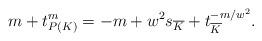
LaTeX: \begin{align*} m + t^{m}_{P(K)} = -m + w^2 s_{\overline{K}} + t^{-m/w^2}_{\overline{K}}.\end{align*}